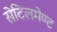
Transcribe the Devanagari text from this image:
सेटिलमेण्ट